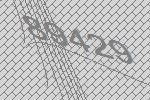
89429